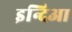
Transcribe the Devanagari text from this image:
इन्दिआ